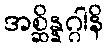
အစ္ဆိန္နဂ္ဂါနိ